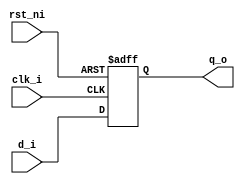
module prim_generic_flop (
	clk_i,
	rst_ni,
	d_i,
	q_o
);
	parameter signed [31:0] Width = 1;
	parameter [Width - 1:0] ResetValue = 0;
	input clk_i;
	input rst_ni;
	input [Width - 1:0] d_i;
	output reg [Width - 1:0] q_o;
	always @(posedge clk_i or negedge rst_ni)
		if (!rst_ni)
			q_o <= ResetValue;
		else
			q_o <= d_i;
endmodule